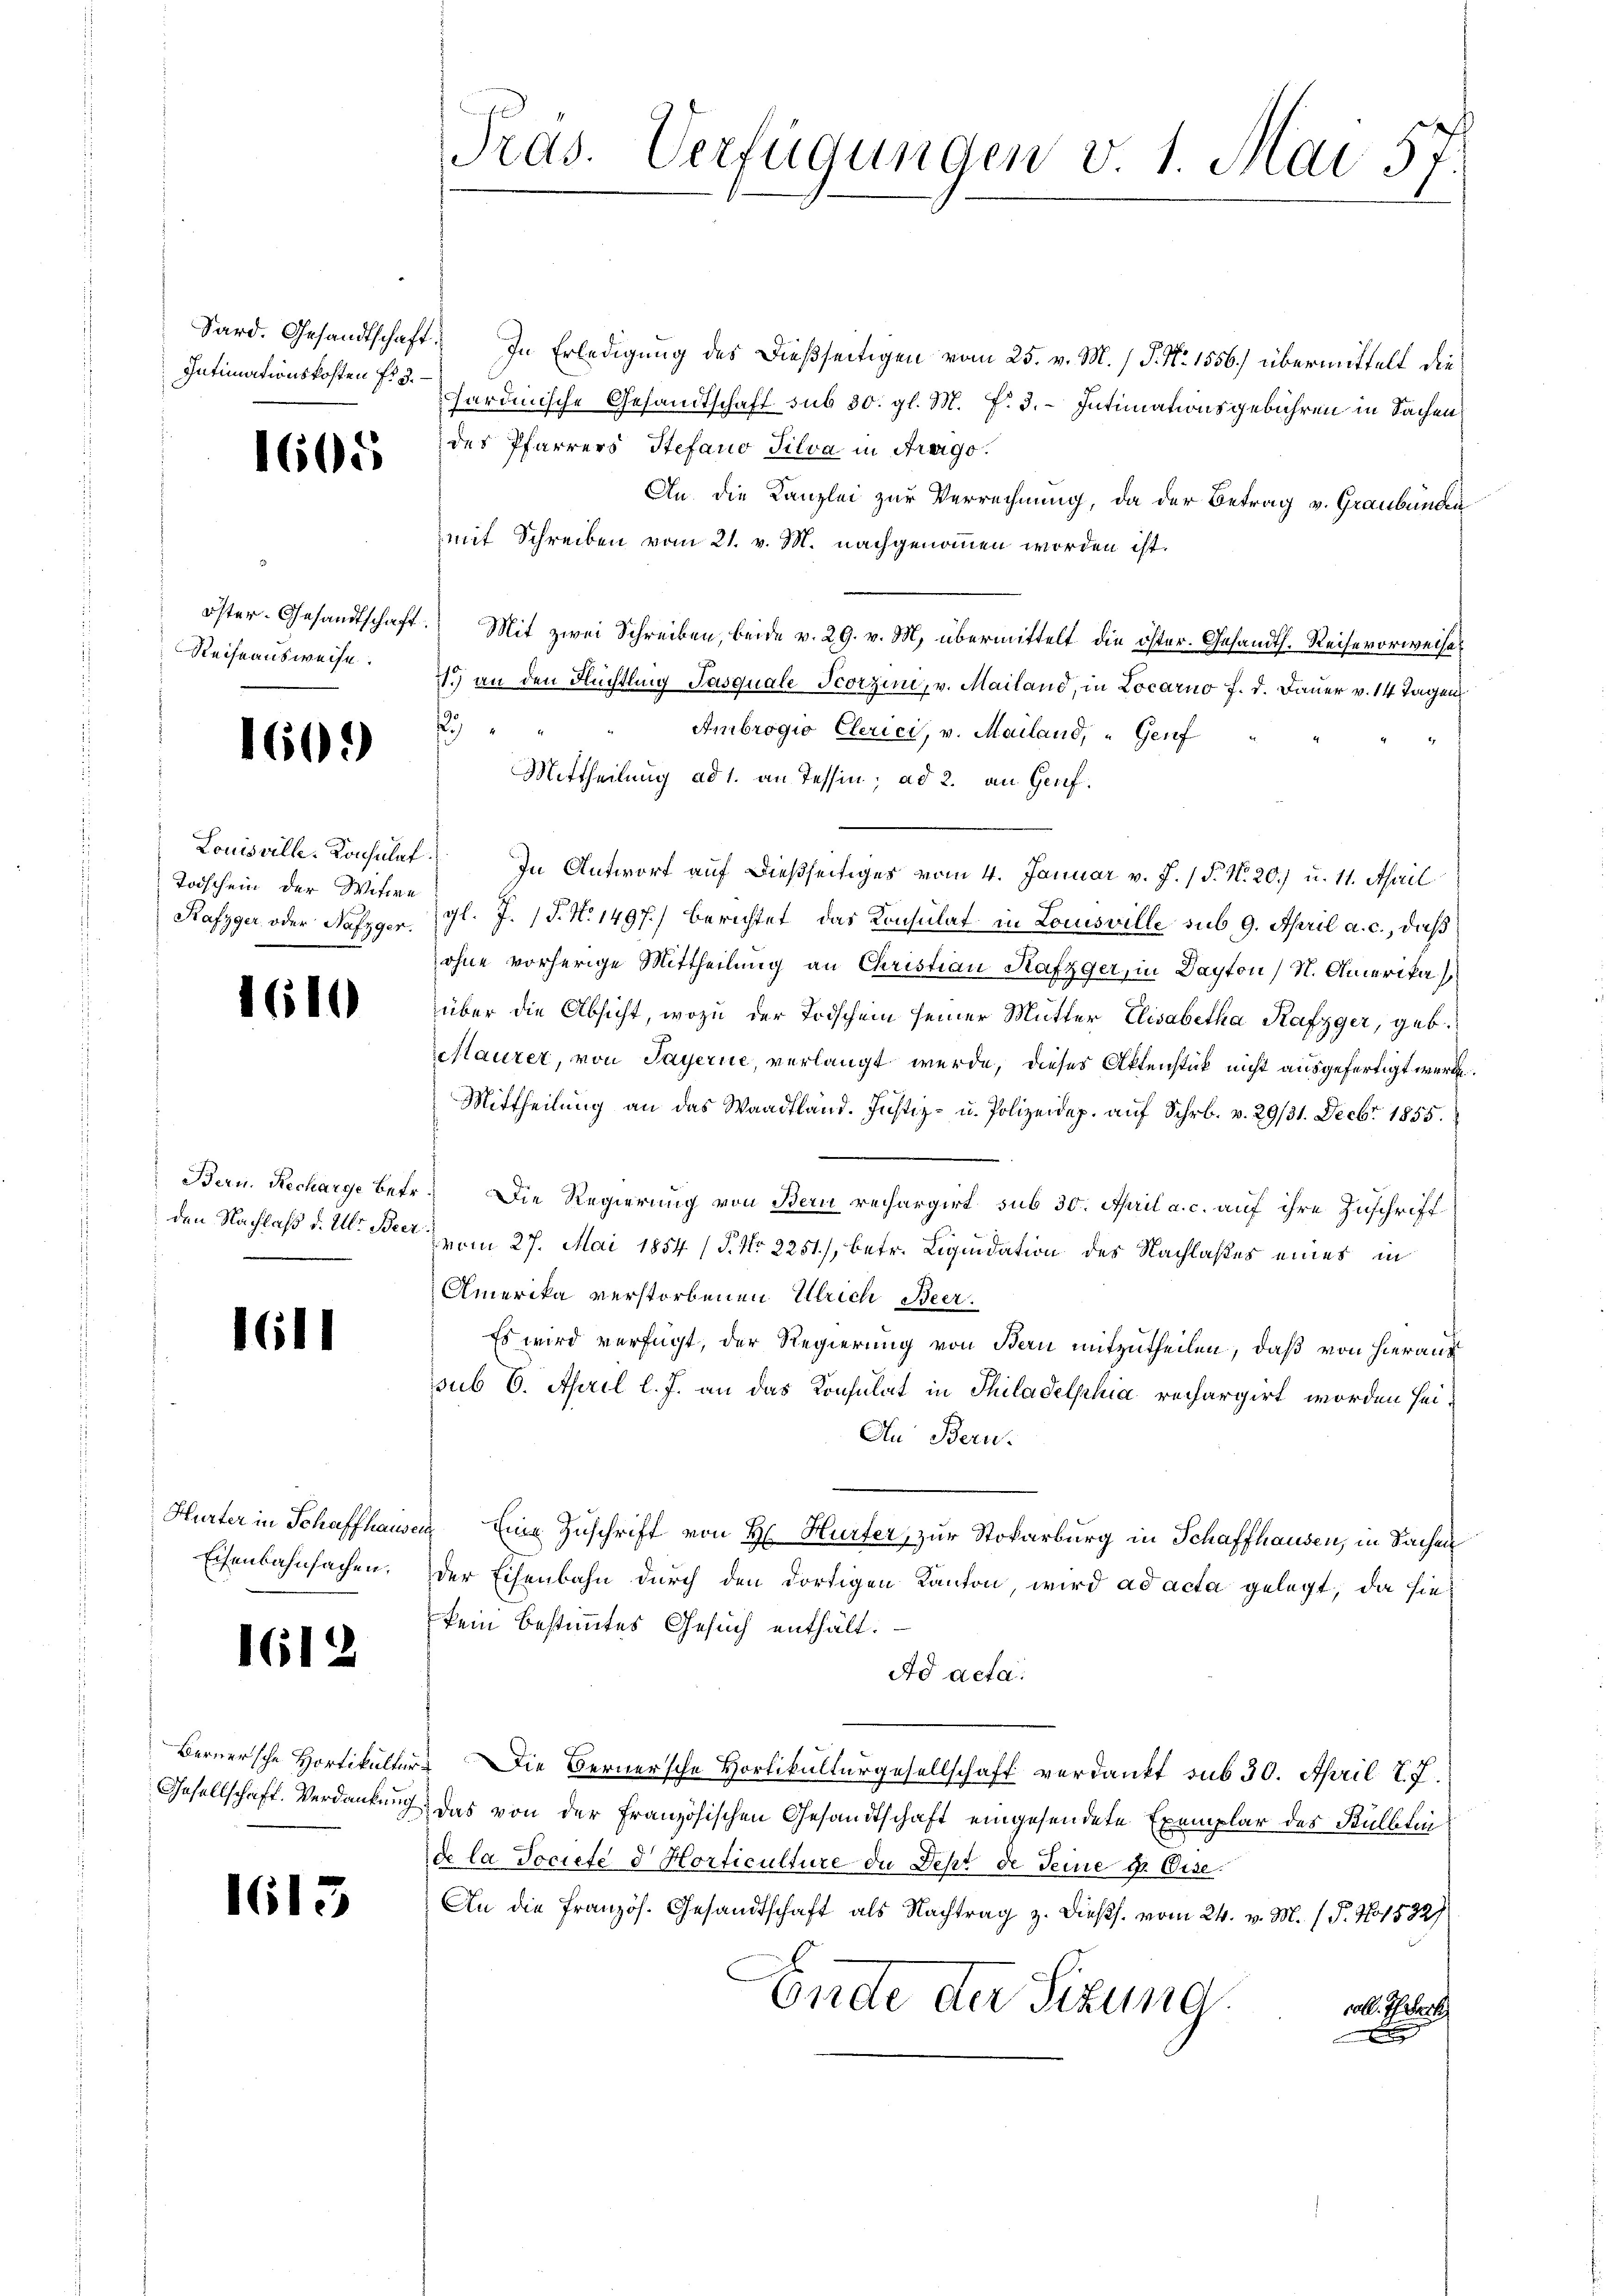
Intimationskosten fr. 3.

1605

Reiseausweise.

1601)

Kafzger oder Nafzger.

1610

6

1612

1613

Sard. Gesandtschaft. In Erledigung des Dießseitigen vom 25. v. M. / P. Nr. 1556.) übermittelt die
hardinische Gesandtschaft sub 30. gl. M. P. 3. – Intimationsgebühren in Sachen
des Pfarrers Stefano Silva in Arago.
An die Kanzlei zur Verrechnung, da der Betrag v. Graubünden
mit Schreiben vom 21. v. M. nachgenommen worden ist.
öster- Gesandtschaft. Mit zwei Schreiben, beide v. 29. v. M. übermittelt die öster- Gesandts. Reise vorweises
1.) an den Flüchtling Pasquale Fcorzin, v. Mailand, in Locarno f. d. Dauer v. 14 Tagen
Ambrogio Clerici, v. Mailand, " Genf
Mittheilung ad 1. an Tessin; ad 2. an Genf.
Louisvill. Konsulat In Antwort auf dießseitiges vom 4. Januar v. J. / P. N. 20.) u. 11. April
Toischein der Witten gl. J. P. N. 1497.) Berichtet, das Konsulat in Louisville sub 9. April a. c., daß
ohne vorherige Mittheilung an Christian Kafzger, in Dayton) N. Amerika
über die Absicht, wozu der Todschein seiner Mutter Elisabetha Rafzger, geb.
Stauzer, von Payerne, verlangt wurde, dieses Aktenstück nicht ausgefertigt werde.
Mittheilung an das Waadtland. Justiz- u. Polizeidep. aŭf Schr. v. 29/31. Decbr. 1855.
Bern. Recharge betr. Die Regierung von Bern rechargirt sub 30. April a. c. auf ihre Zuschrift
den Nachlaß d. M. der am 27. Mai 1854 (§. No. 2251), betr. Liquidation des Nachlaßes eines in
Amerika verstorbenen Ulrich Beer¬
Es wird verfügt, der Regierung von Bern mitzutheilen, daß von hierauf
sub 6. April l. J. an das Konsulat in Thiladelphia rechargirt worden sei¬
An Beru¬
Hurter in Schaffhausen Eine Zuschrift von H. Hurter, zur Stokarburg in Schaffhausen, in Sachen
Eisenbahnsachen. Der Eisenbahn durch den dortigen Kanton, wird ad acta gelegt, da sie
kein bestimmtes Gesuch enthält.
Ad acta.
Bernersche Hortikultur. Die Bernersche Hortikulturgesellschaft verdankt sub 30. April 17.
Gesellschaft. Verdankung, das von der Französischen Gesandtschaft eingesendete Exemplar des Bülblin
de la Societe d. Horticulture de Fest de seine in Eise
An die Französ. Gesandtschaft als Nachtrag z. dießs. vom 24. v. M. (T. No 1582/
Endte der Sizung
all. Peter
x

Pras. Verfügungen v. 1. Mai 57.
e

1